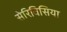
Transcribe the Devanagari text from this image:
सेरिविसिया